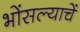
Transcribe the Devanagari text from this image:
भोंसल्याचें